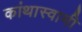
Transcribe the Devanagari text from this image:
कांथास्वामी